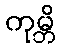
ကုမ္ဘိ